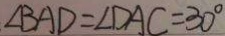
\angle B A D = \angle D A C = 3 0 ^ { \circ }